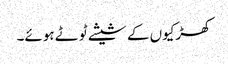
کھڑکیوں کے شیشے ٹوٹے ہوئے۔